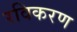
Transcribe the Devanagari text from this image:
रविकरण